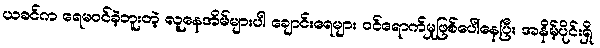
ယခင်က ရေမဝင်ခဲ့ဘူးတဲ့ လူနေအိမ်များပါ ချောင်းရေများ ဝင်ရောက်မှုဖြစ်ပေါ်နေပြီး အနိမ့်ပိုင်းရှိ